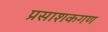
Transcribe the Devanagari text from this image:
प्रसाशकगण